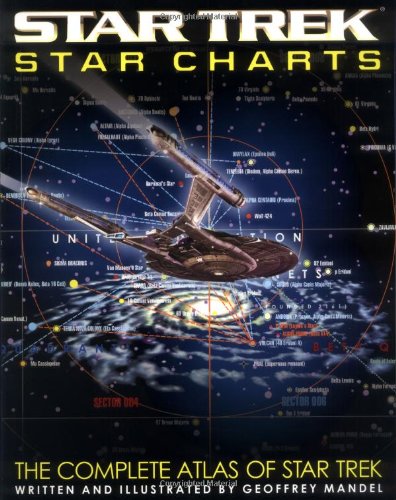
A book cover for Star Trek Star Charts: The Complete Atlas of Star Trek; Geoffrey Mandel; Humor & Entertainment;